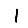
Digit: 1